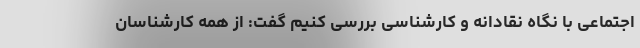
اجتماعی با نگاه نقادانه و کارشناسی بررسی کنیم گفت: از همه کارشناسان